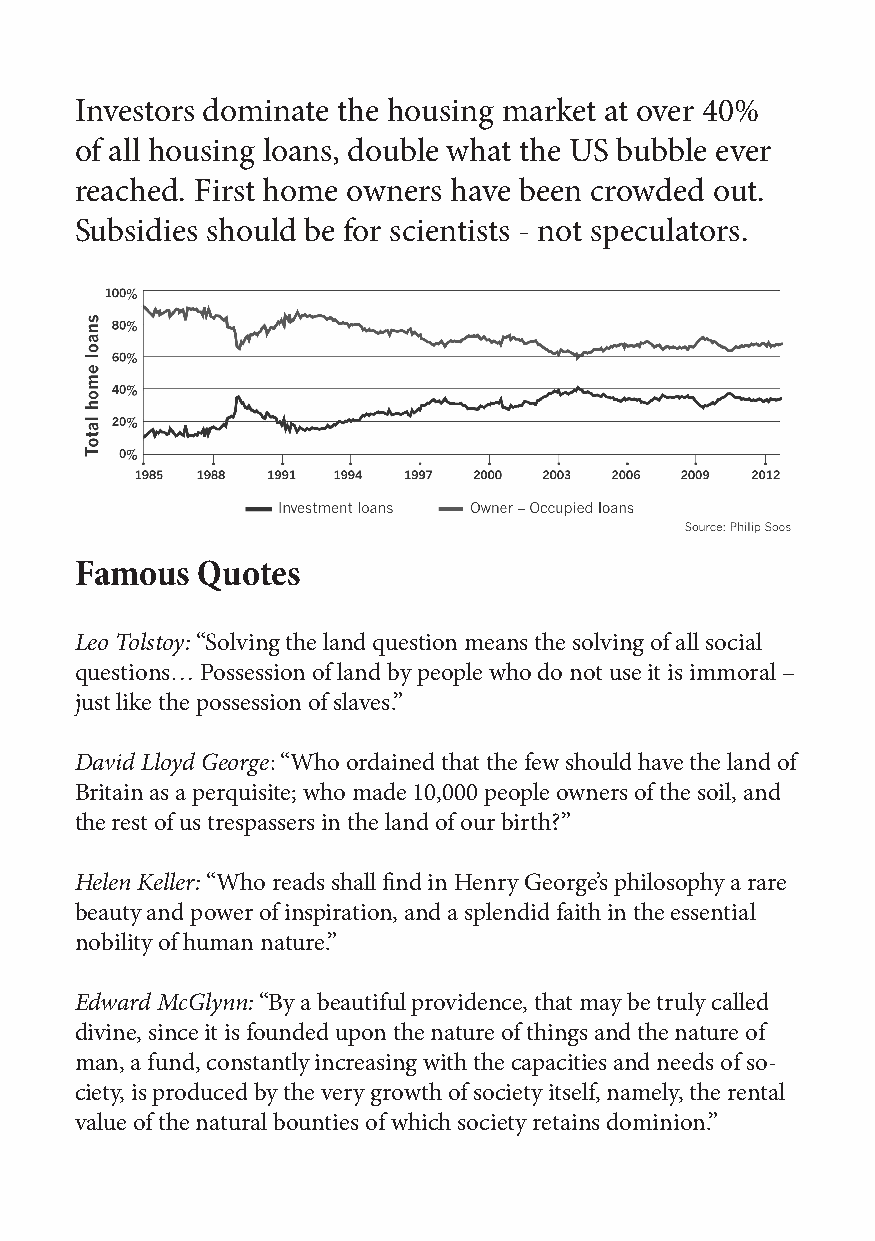
Investors dominate the housing market at over 40%
 of all housing loans, double what the US bubble ever
 reached. First home owners have been crowded out.
 Subsidies should be for scientists - not speculators.
 Famous  Quotes
 Leo Tolstoy: “Solving the land question means the solving of all social
 questions… Possession of land by people who do not use it is immoral –
 just like the possession of slaves.”
 David Lloyd George: “Who ordained that the few should have the land of
 Britain as a perquisite; who made 10,000 people owners of the soil, and
 the rest of us trespassers in the land of our birth?”
 Helen Keller: “Who reads shall find in Henry George’s philosophy a rare
 beauty and power of inspiration, and a splendid faith in the essential
 nobility of human nature.”
 Edward McGlynn: “By a beautiful providence, that may be truly called
 divine, since it is founded upon the nature of things and the nature of
 man, a fund, constantly increasing with the capacities and needs of so-
 ciety, is produced by the very growth of society itself, namely, the rental
 value of the natural bounties of which society retains dominion.”